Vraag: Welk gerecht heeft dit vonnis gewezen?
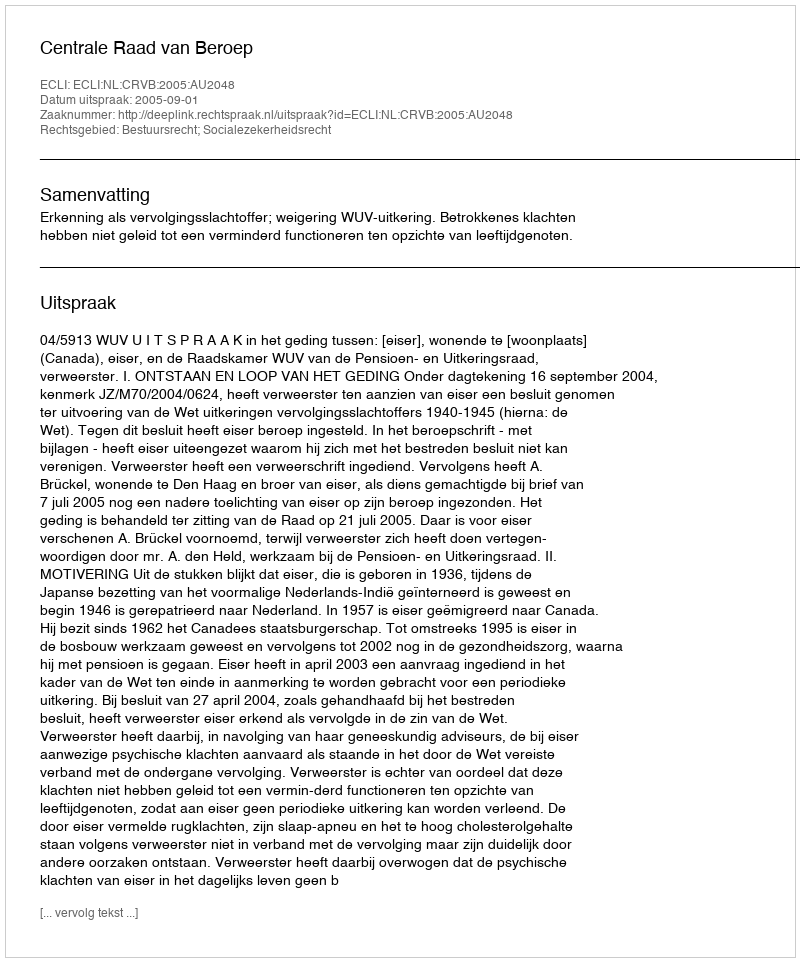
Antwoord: Centrale Raad van Beroep